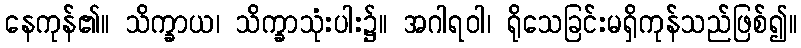
နေကုန်၏။ သိက္ခာယ၊ သိက္ခာသုံးပါး၌။ အဂါရဝါ၊ ရိုသေခြင်းမရှိကုန်သည်ဖြစ်၍။